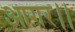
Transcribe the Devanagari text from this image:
आगर।।